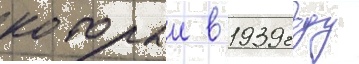
которыи в 1939 году